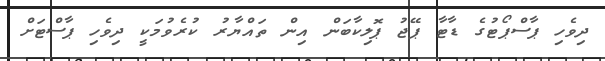
ދިވެހި ޕާސްޕޯޓުގެ ޑާޓާ ޕޭޖު ޕޮލިކާބަން އިން ތައްޔާރު ކުރެވުމަކީ ދިވެހި ޕާސްޓަށް